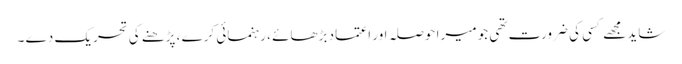
شاید مجھے کسی کی ضرورت تھی جو میرا حوصلہ اور اعتماد بڑھائے ، رہنمائی کرے ، پڑھنے کی تحریک دے ۔